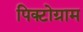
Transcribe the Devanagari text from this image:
पिक्टोग्राम